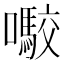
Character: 㘐